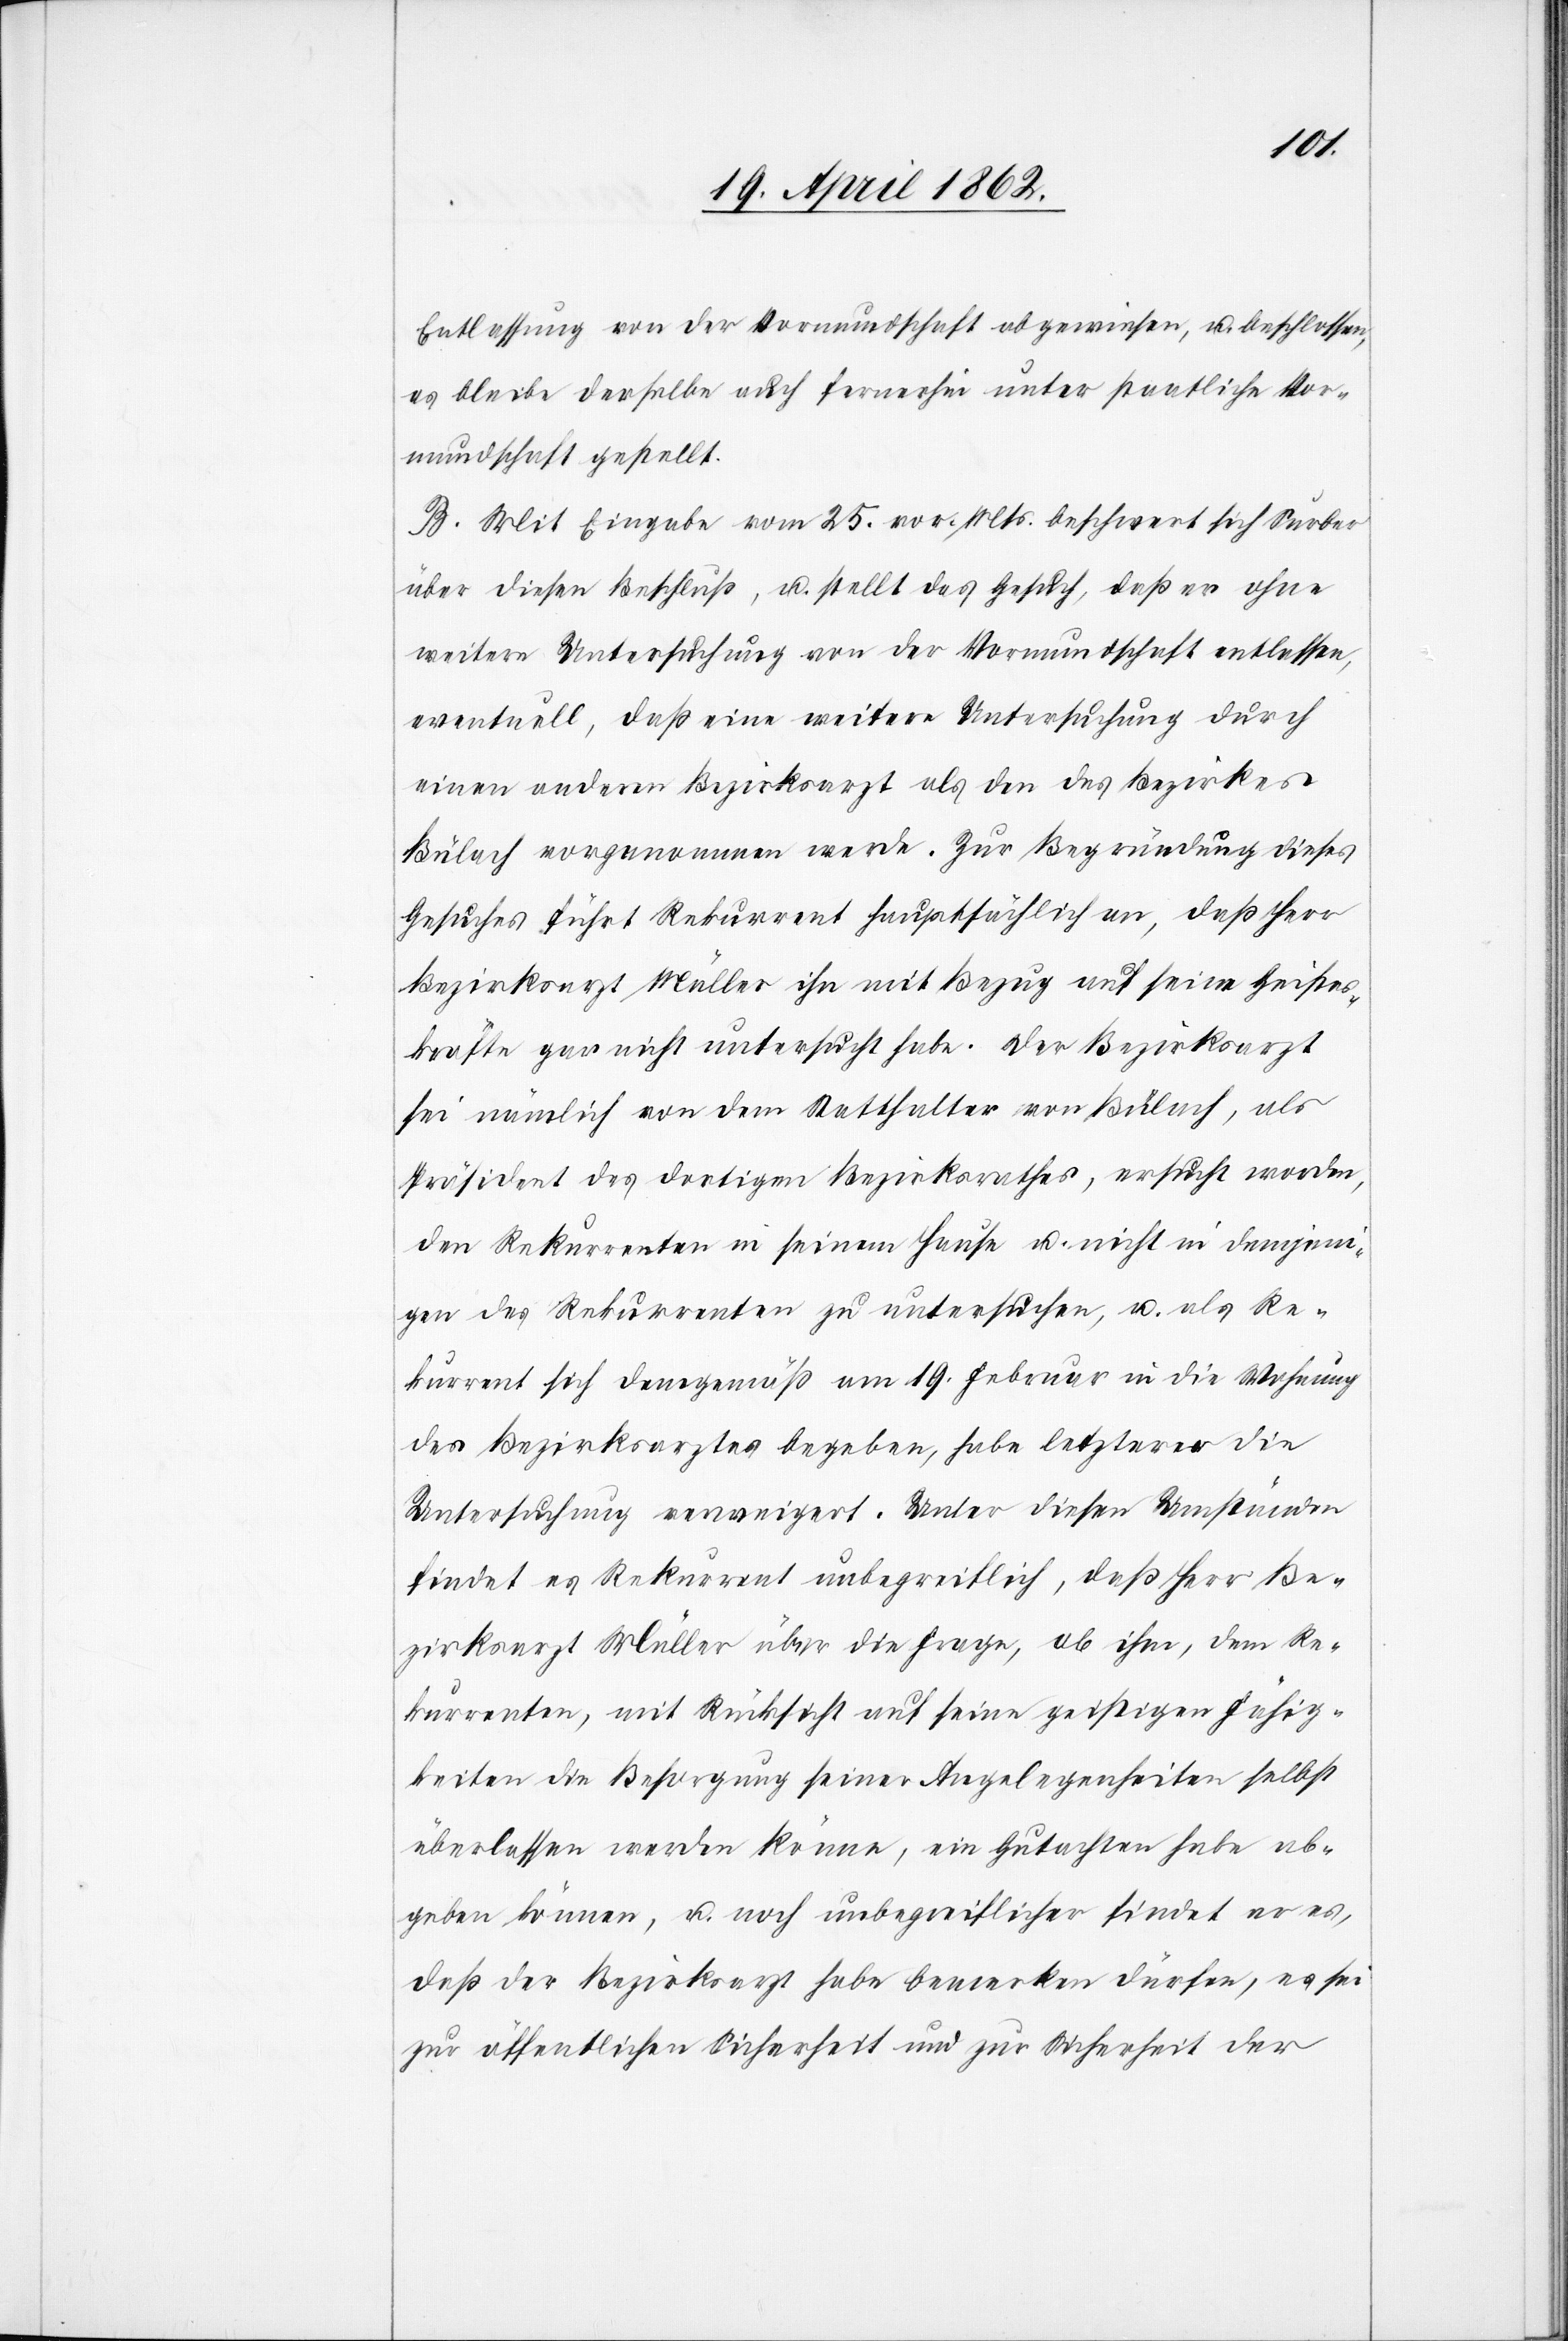
Entlassung von der Vormundschaft abgewiesen, u. beschlossen,
es bleibe derselbe auch fernerhin unter staatliche Vor¬
mundschaft gestellt.
B. Mit Eingabe vom 25. vor. Mts. beschwert sich Surber
über diesen Beschluß, u. stellt das Gesuch, daß er ohne
weitere Untersuchung von der Vormundschaft entlassen,
eventuell, daß eine weitere Untersuchung durch
einen andern Bezirksarzt als den des Bezirkes
Bülach vorgenommen werde. Zur Begründung dieses
Gesuches führt Rekurrent hauptsächlich an, daß Herr
Bezirksarzt Müller ihn mit Bezug auf seine Geistes¬
kräfte gar nicht untersucht habe. Der Bezirksrath
sei nämlich von dem Statthalter von Bülach, als
Präsident des dortigen Bezirksrathes, ersucht worden,
den Rekurrenten in seinem Hause u. nicht in demjeni¬
gen des Rekurrenten zu untersuchen, u. als Re¬
kurrent sich demgemäß am 19. Februar in die Wohnung
des Bezirksarztes begeben, habe letzterer die
Untersuchung verweigert. Unter diesen Umständen
findet es Rekurrent unbegreiflich, daß Herr Be¬
zirksarzt Müller über die Frage, ob ihm, dem Re¬
kurrenten, mit Rücksicht auf seine geistigen Fähig¬
keiten die Besorgung seiner Angelegenheiten selbst
überlassen werden könne, ein Gutachten habe ab¬
geben können, u. noch unbegreiflicher findet er es,
daß der Bezirksarzt habe bemerken dürfen, es sei
zur öffentlichen Sicherheit und zur Sicherheit der